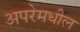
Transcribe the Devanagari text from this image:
अपरेमधील